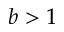
b > 1